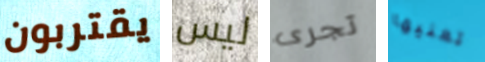
يقتربون ليس تجرى تعنيها